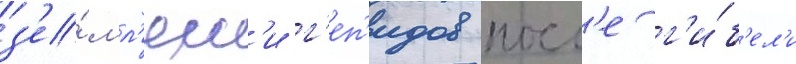
з'е́мл'ям'и г'еп'идов посл'е г'и́б'ел'и